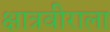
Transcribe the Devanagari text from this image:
क्षात्रवीराला